Report on the cholera epidemic of
Year: 1868
Disease focus: Cholera
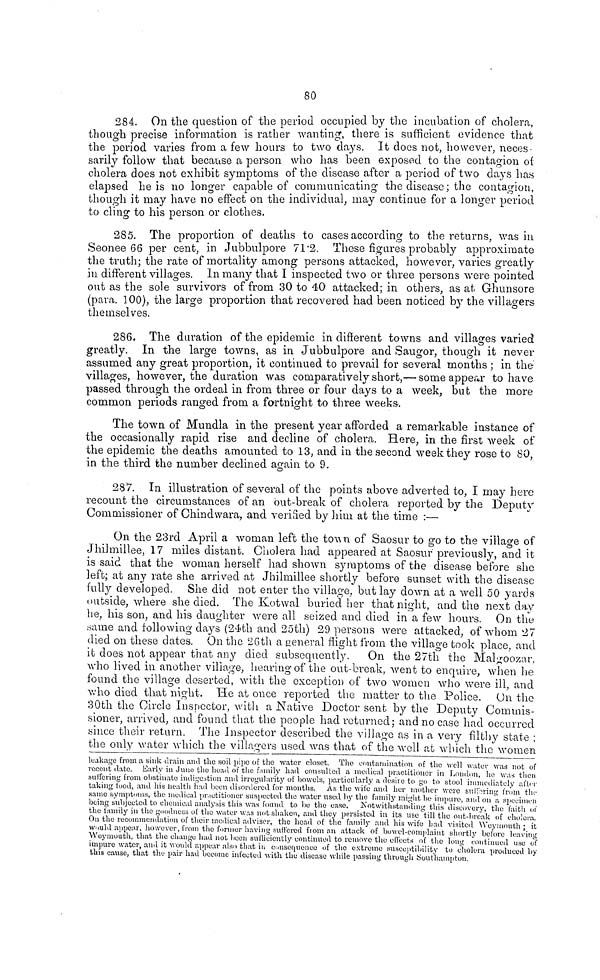
80
284. On the question of the period occupied by the incubation of cholera,
though precise information is rather wanting, there is sufficient evidence that
the period varies from a few hours to two clays. It docs not, however, neces
sarily follow that because a person who has been exposed to the contagion oí
cholera does not exhibit symptoms of the disease after a period of two days has
elapsed he is no longer capable of communicating the disease ; the contagion,
though it may have no effect on the individual, may continue for a longer period
to cling to his person or clothes.
285. The proportion of deaths to cases according to the returns, was in
Seonee 66 per cent, in Jubbulpore 71 . 2. These figures probably approximate
the truth; the rate of mortality among persons attacked, however, varies greatly
in different villages. In many that I inspected two or three persons were pointed
out as the sole survivors of from 30 to 40 attacked; in others, as at Ghunsore
(para. 100), the large proportion that recovered had been noticed by the villagers
themselves.
286. The duration of the epidemic in different towns and villages varied
greatly. In the large towns, as in Jubbulpore and Saugor, though it never
assumed any great proportion, it continued to prevail for several months ; in the
villages, however, the duration was comparatively short,— some appear to have
passed through the ordeal in from three or four days to a week, but the more
common periods ranged from a fortnight to three weeks.
The town of Mundla in the present year afforded a remarkable instance of
the occasionally rapid rise and decline of cholera. Here, in the first week of
the epidemic the deaths amounted to 13, and in the second week they rose to 80,
in the third the number declined again to 9.
287. In illustration of several of the points above adverted to, I may here
recount the circumstances of an out-break of cholera reported by the Deputy
Commissioner of Chindwara, and verified by him at the time :—
On the 23rd April a woman left the town of Saosur to go to the village of
Jhimillee, 17 miles distant. Cholera had appeared at Saosur previously, and it
is said that the woman herself had shown symptoms of the disease before she
left; at any rate she arrived at Jhilmillee shortly before sunset with the disease
fully developed. She did not enter the village, but lay down at a well 50 yards
outside, where she died. The Kotwal buried her that night, and the next day
he, his son, and his daughter were all seized and died in a few hours. On the
same and following days (24th and 25th) 29 persons were attacked, of whom 27
died on these dates. On the 26th a general flight from the village book place, and
it does not appear that any died subsequently. On the 27th the Malgoozar,
who lived in another village, hearing of the out-break, went to enquire, when he
found the village deserted, with the exception of two women who were ill, and
who died that night. He at once reported the matter to the Police. On the
30th the Circle Inspector, with a Native Doctor sent by the Deputy Commis-
sioner, arrived, and found that the people had returned; and no case had occurred
since their return. The Inspector described the village as in a very filthy state ;
the only water which the villagers used was that of the well at which the women
leakage from a sink drain and the soil pipe of the water closet. The contamination of the well water was not of
recent date. Early in June the head of the family had consulted a medical practitioner in London, he was then
suffering from obstinate indirection and irregularity of bowels, particularly a desine to go to stool immediately after·
taking food, and his health had been disordered, for months. As the wife and her mother were suffering from the
same symptoms, the medical praetitioner suspected the water used by the family might be impure, and on a specimen
being subjected to chemical analysis this was found to be the case. Notwithstanding this discovery, the faith of
the family in the goodness of the water was not shaken, and they persisted in its use till the out-break of cholera.
On the recommendation of their medical adviser, the head of the family and his wife had visited Weymouth ; it
would appear, however, from the former having suffered from an attack of bowel-complaint shortly before leaving
Weymouth, that the change had not been sufficiently continued to remove the effects of the long continued use of
impure water, and it would appear also that in consequence of the extreme susceptibility to cholera produced by
this cause, that the pair had become infected with the disease while passing through Southampton.